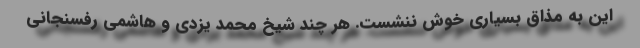
این به مذاق بسیاری خوش ننشست. هر چند شیخ محمد یزدی و هاشمی رفسنجانی